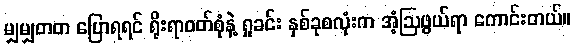
မျှမျှတတ ပြောရရင် ရိုးရာဝတ်စုံနဲ့ ရှုခင်း နှစ်ခုစလုံးက အံ့ဩဖွယ်ရာ ကောင်းတယ်။